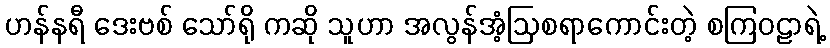
ဟန်နရီ ဒေးဗစ် သော်ရို ကဆို သူဟာ အလွန်အံ့ဩစရာကောင်းတဲ့ စကြဝဠာရဲ့